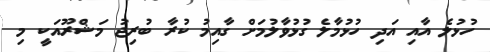
ހުޅުލެ އާއި އަދި ހުޅުމާލެ ގުޅުވާލުމަށް ގާއިމު ކުރާ ބުރިޖު މަޝްރޫއަކީ މި